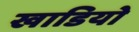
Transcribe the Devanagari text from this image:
खाडियो